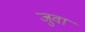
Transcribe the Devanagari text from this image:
जुवां